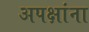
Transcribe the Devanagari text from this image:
अपक्षांना